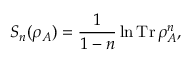
S _ { n } ( \rho _ { A } ) = \frac { 1 } { 1 - n } \ln \operatorname { T r } \rho _ { A } ^ { n } ,